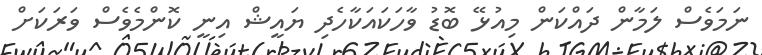
ނަމަވެސް ލަމާން ދައްކަން މިއުޅޭ ބޮޑު ވާހަކައަކާހެދި ޔައީޝް އިނީ ކޮންމެވެސް ވަރަކަށް